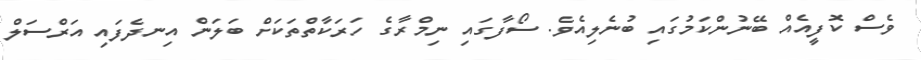
ވެސް ކޮފީއެއް ބޭނުންކަމުގައި ބުނެލިއެވެ. ސޯފާގައި ނިމްރާގެ ހަރަކާތްތަކަށް ބަލަން އިނދެފައި އަރްސަލް